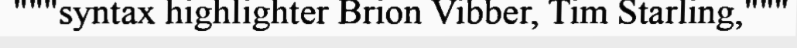
"""syntax highlighter Brion Vibber, Tim Starling,"""